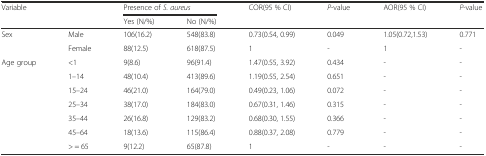
<table><thead><tr><td rowspan="2" colspan="2"><b>Variable</b></td><td colspan="2"><b>Presence of <i>S. aureus</i></b></td><td rowspan="2"><b>COR(95 % CI)</b></td><td rowspan="2"><b><i>P</i>-value</b></td><td rowspan="2"><b>AOR(95 % CI)</b></td><td rowspan="2"><b><i>P</i>-value</b></td></tr><tr><td><b>Yes (N/%)</b></td><td><b>No (N/%)</b></td></tr></thead><tbody><tr><td rowspan="2">Sex</td><td>Male</td><td>106(16.2)</td><td>548(83.8)</td><td>0.73(0.54, 0.99)</td><td>0.049</td><td>1.05(0.72,1.53)</td><td>0.771</td></tr><tr><td>Female</td><td>88(12.5)</td><td>618(87.5)</td><td>1</td><td>-</td><td>1</td><td>-</td></tr><tr><td rowspan="7">Age group</td><td>&lt;1</td><td>9(8.6)</td><td>96(91.4)</td><td>1.47(0.55, 3.92)</td><td>0.434</td><td>-</td><td>-</td></tr><tr><td>1–14</td><td>48(10.4)</td><td>413(89.6)</td><td>1.19(0.55, 2.54)</td><td>0.651</td><td>-</td><td>-</td></tr><tr><td>15–24</td><td>46(21.0)</td><td>164(79.0)</td><td>0.49(0.23, 1.06)</td><td>0.072</td><td>-</td><td>-</td></tr><tr><td>25–34</td><td>38(17.0)</td><td>184(83.0)</td><td>0.67(0.31, 1.46)</td><td>0.315</td><td>-</td><td>-</td></tr><tr><td>35–44</td><td>26(16.8)</td><td>129(83.2)</td><td>0.68(0.30, 1.55)</td><td>0.366</td><td>-</td><td>-</td></tr><tr><td>45–64</td><td>18(13.6)</td><td>115(86.4)</td><td>0.88(0.37, 2.08)</td><td>0.779</td><td>-</td><td>-</td></tr><tr><td>&gt; = 65</td><td>9(12.2)</td><td>65(87.8)</td><td>1</td><td>-</td><td>-</td><td>-</td></tr></tbody></table>